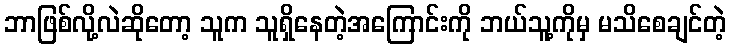
ဘာဖြစ်လို့လဲဆိုတော့ သူက သူရှိနေတဲ့အကြောင်းကို ဘယ်သူ့ကိုမှ မသိစေချင်တဲ့